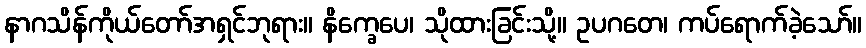
နာဂသိန်ကိုယ်တော်အရှင်ဘုရား။ နိက္ခေပေ၊ သိုထားခြင်းသို့။ ဥပဂတေ၊ ကပ်ရောက်ခဲ့သော်။